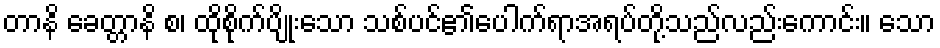
တာနိ ခေတ္တာနိ စ၊ ထိုစိုက်ပျိုးသော သစ်ပင်၏ပေါက်ရာအရပ်တို့သည်လည်းကောင်း။ သော